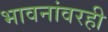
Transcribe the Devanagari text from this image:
भावनांवरही